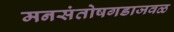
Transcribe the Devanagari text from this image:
मनसंतोषगडाजवळ